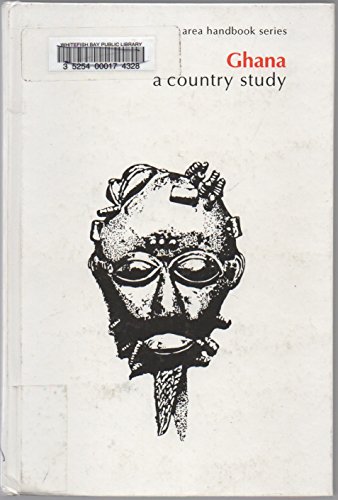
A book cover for Ghana: A Country Study (Area Handbook Series); Travel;